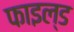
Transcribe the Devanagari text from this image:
फाइल्ड